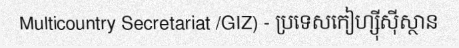
Multicountry Secretariat /GIZ) - ប្រទេសកៀហ្ស៊ីស៊ីស្ថាន